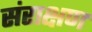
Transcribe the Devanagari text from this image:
संराक्षण